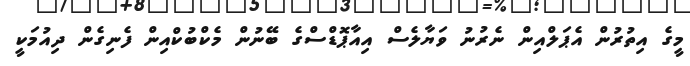
މީގެ އިތުރުން އެޕަލްއިން ނެރުނު ވަޔާލެސް އިއާޕޮޑްސްގެ ބޭނުން މެކްބުކްއިން ފެނިގެން ދިއުމަކީ